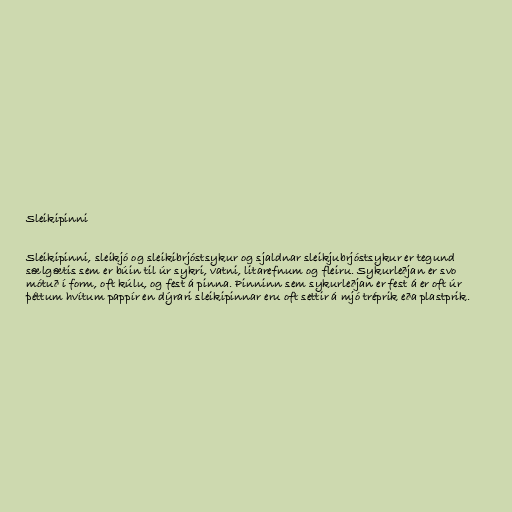
Sleikipinni

Sleikipinni, sleikjó og sleikibrjóstsykur og sjaldnar sleikjubrjóstsykur er tegund
sælgætis sem er búin til úr sykri, vatni, litarefnum og fleiru. Sykurleðjan er svo
mótuð í form, oft kúlu, og fest á pinna. Pinninn sem sykurleðjan er fest á er oft úr
þéttum hvítum pappír en dýrari sleikipinnar eru oft settir á mjó tréprik eða plastprik.